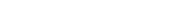
٢٩